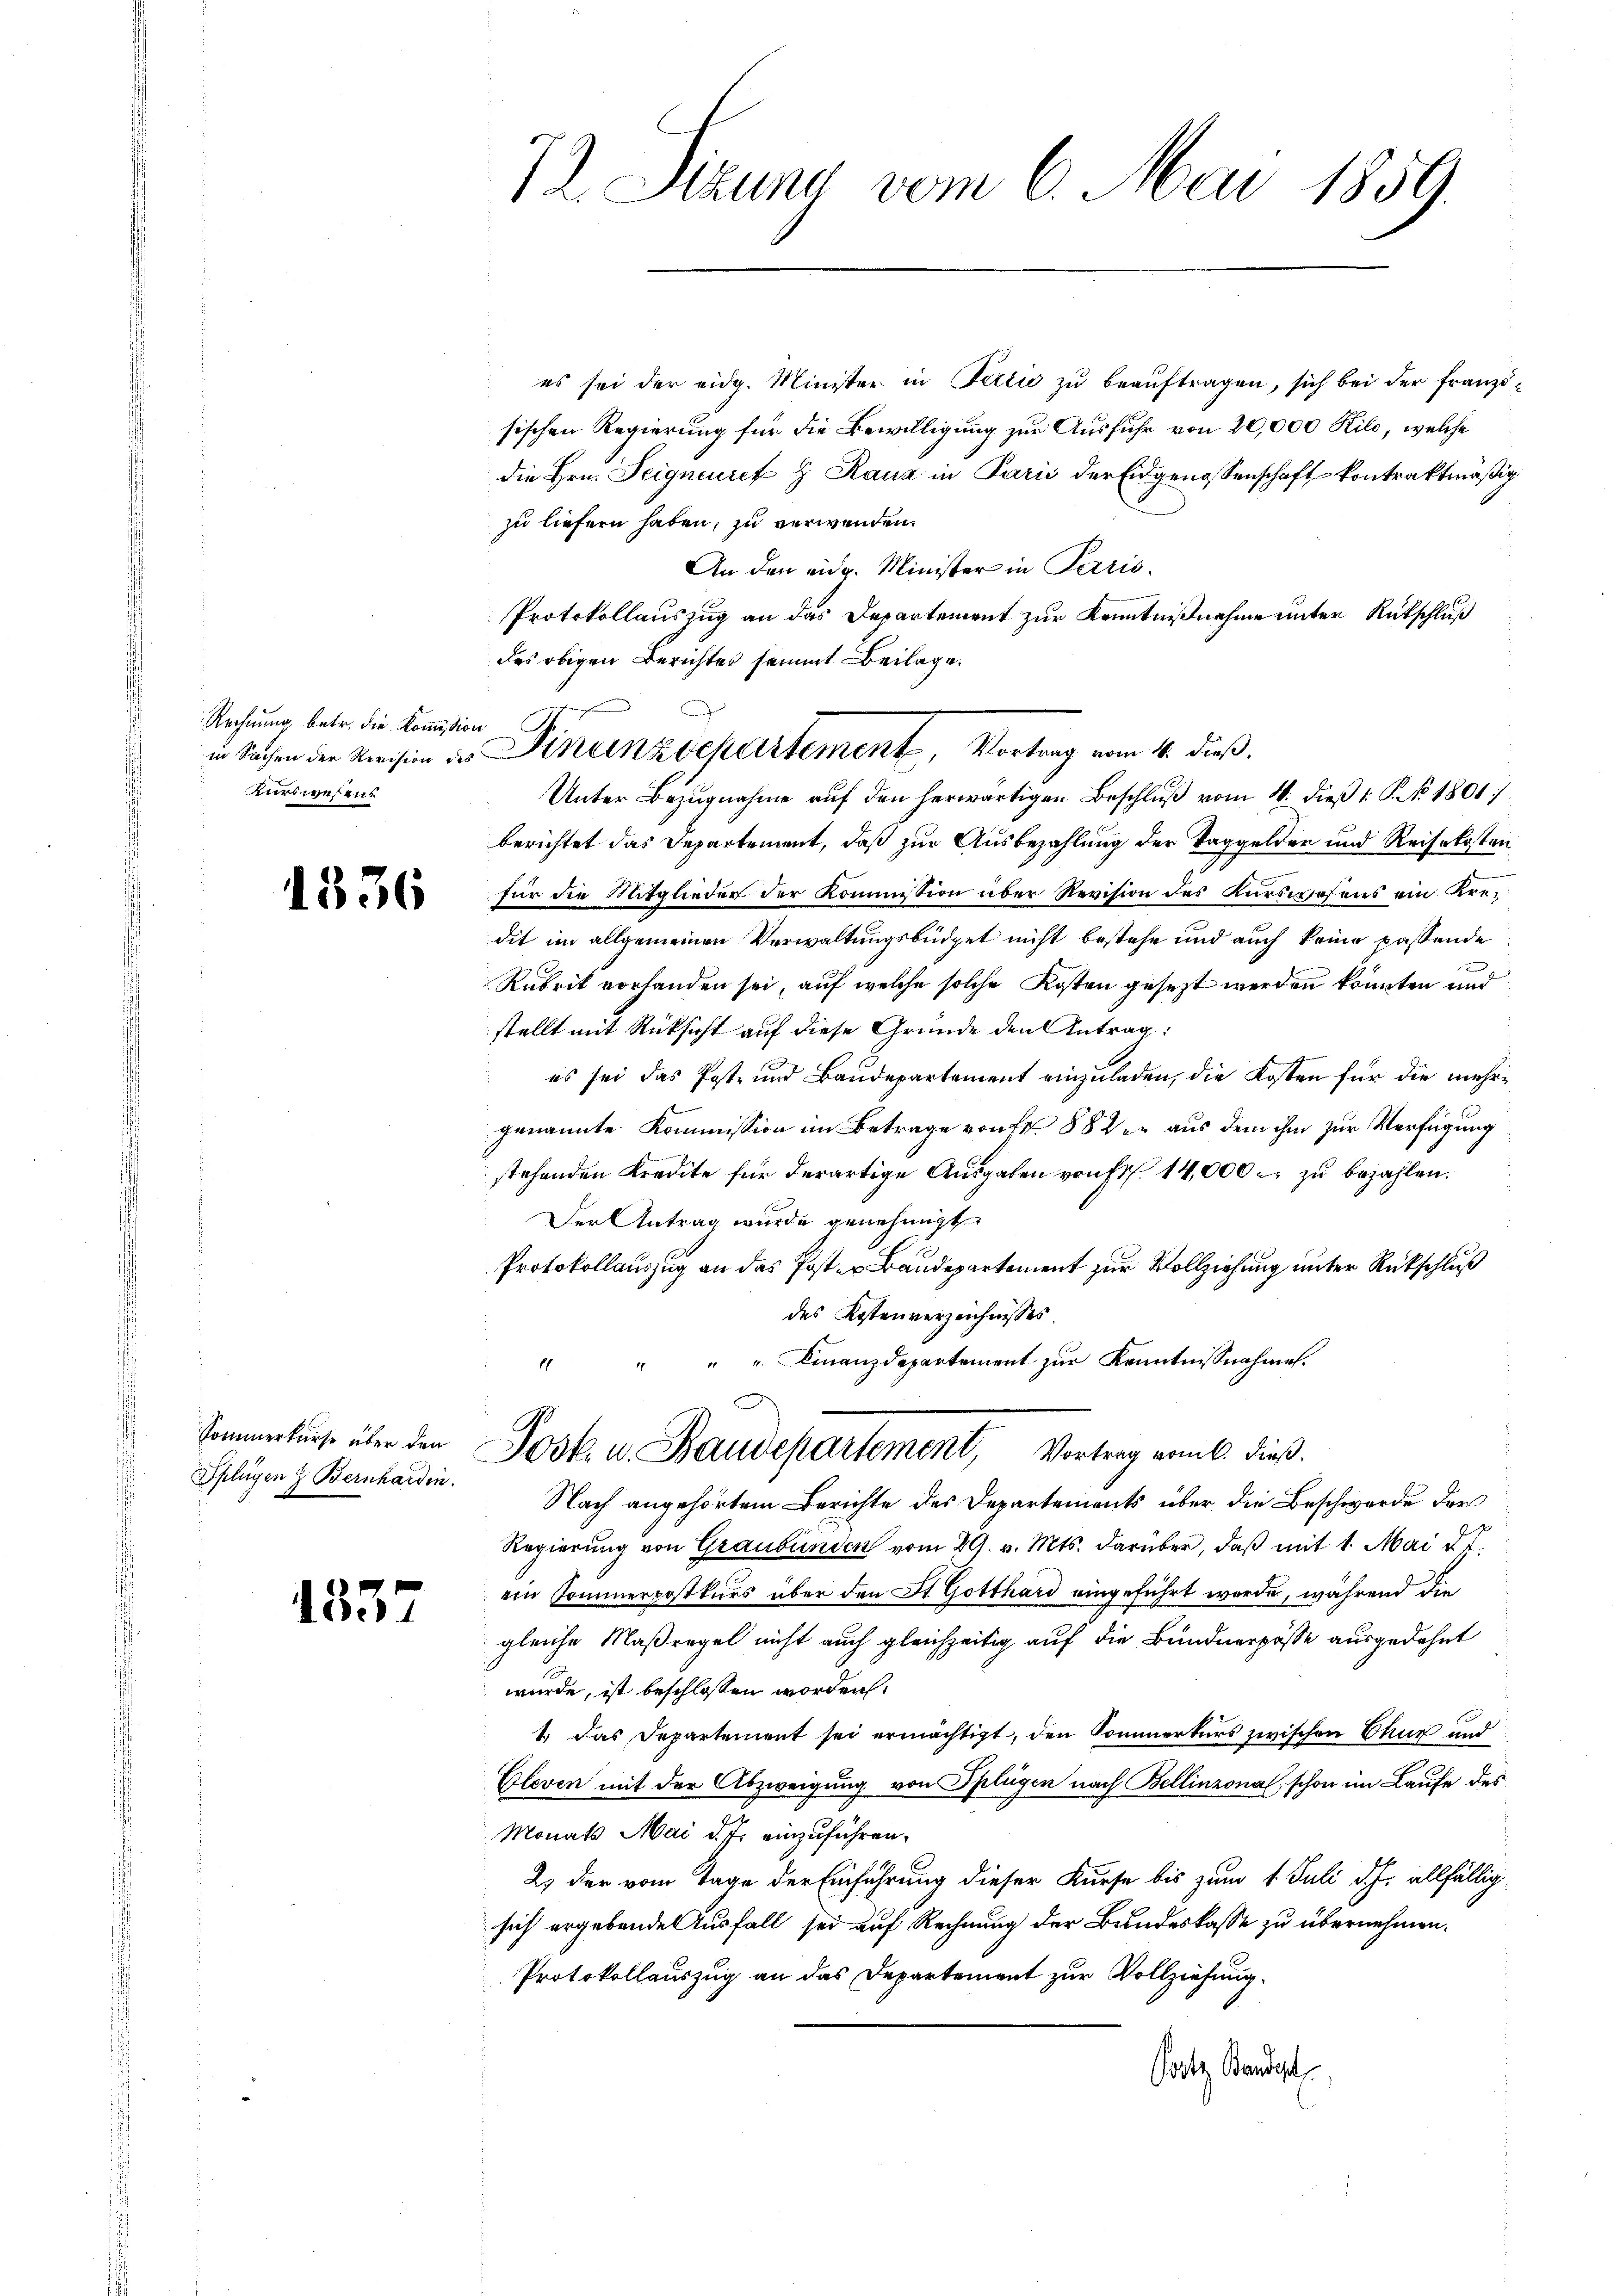
Rechnung betr. die Kommission
in Sachen der Revision des
Kurswesens

1336

Sommerkurse über den
Splügen & Bernhardin.

135

72. Sizung vom 6. Mai 1859.

es sei der eidg. Minister in Talić zu beauftragen, sich bei der Französischen Regierung für die Bewilligung zur Ausfuhr von 20,000 Kilo, welche
die Hrn. Teigneuret z Rauz in Paris der Eidgenossenschaft kontraktmäßig
zu liefern haben, zu verwenden.
An den eidg. Minister in Perris
Protokollauszug an das Departement zur Kenntnißnahme unter Rutschluß
des obigen Berichtes sammt Beilage.
Unter Bezŭgnahme aŭf den herwärtigen Beschlŭβ vom 4. dieβ 1: P. No 1801;
berichtet das Departement, daß zur Ausbezahlung der Taggelder und Reisekosten
für die Mitglieder der Kommission über Revision des Kurswesens ein Kredit im allgemeinen Verwaltungsbüdget nicht bestehe und auch keine passende
Rubrik vorhanden sei, auf welche solche Kosten gesezt werden könnten und
stellt mit Rücksicht auf diese Grunde den Antrag:
es sei das Post- und Baudepartement einzuladen, die Kosten für die mehrgenannte Kommission im Betrage von Fr. 88 der aus dem ihm zur Verfügung
stehenden Kredite für derartige Ausgaben von fr. 14,000. zu bezahlen.
Der Antrag wurde genehmigt
Protokollauszug an das Poster Baudepartement zur Vollziehung unter Rückschluß
des Kostenverzeichnisses
" " " " Finanzdepartement zur Kenntnissnahmes.
Josk. u. Baudepartement, Vortrag vom 6. dieß.
Nach angehörtem Berichte des Departements über die Beschwerde der
Regierung von Graubünden vom 29. v. Mts. darüber, daß mit 1. Mai d.
ein Sommerpostkurs über den St. Gotthard eingeführt wurde, während die
gleiche Maßregel nicht auch gleichzeitig auf die Bundnerpösse ausgedehnt
wurde, ist beschlossen worden:
1. Das Departement sei ermächtigt, den Kommerkurs zwischen Chur und
Gleven mit der Abzweigung von Splügen nach Bellinzona, schon im Laufe des
Monats Mai d. J. einzuführen.
2) der vom Tage der Einführung dieser Kurse bis zum 1. Juli d. J. allfälligsich ergebenden Ausfall sei auf Rechnung der Bundeskasse zu übernehmen.
Protokollauszug an das Departement zur Vollziehung.
Gootz, Bandest

.
Finanzschartement, Vortrag vom 4. dieß.